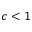
c < 1